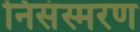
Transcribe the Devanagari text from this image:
निसंस्मरण